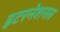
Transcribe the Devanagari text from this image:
इटरनेशनल